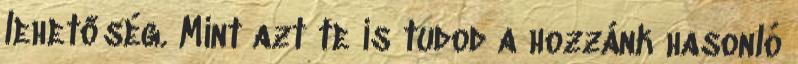
lehetőség. Mint azt te is tudod a hozzánk hasonló